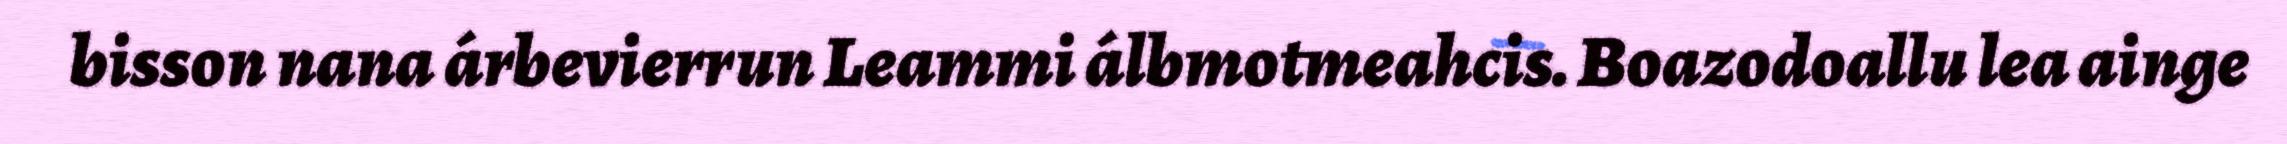
bisson nana árbevierrun Leammi álbmotmeahcis. Boazodoallu lea ainge